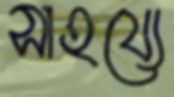
সাহয্যে